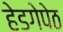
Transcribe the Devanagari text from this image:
हेडगेपेठ